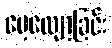
မေ့လျော့ခြင်း